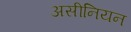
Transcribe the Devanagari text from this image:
असीनियन